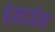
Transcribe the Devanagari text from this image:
रेमाजेन